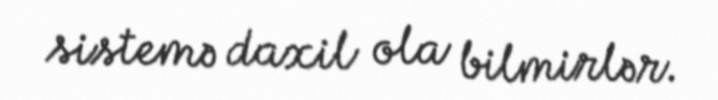
sistemə daxil ola bilmirlər.